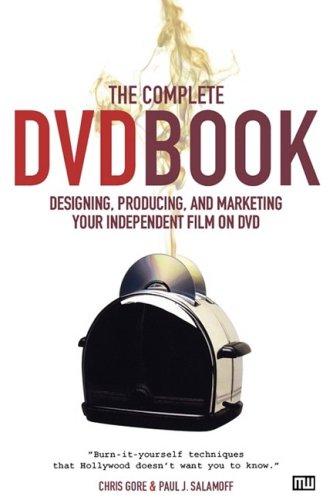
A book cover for The Complete DVD Book: Designing, Producing, and Marketing Your Independent Film on DVD; Chris Gore; Humor & Entertainment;